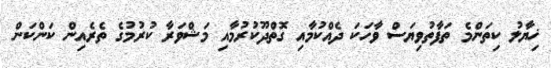
ޚިޔާލު ކިތަންމެ ތަފާތުވިޔަސް ވާހަކަ ދެއްކުމާއި ގޮތްދޫކުރުމާއި މަޝްވަރާ ކުރުމުގެ ތެރެއިން ކަންކަން